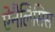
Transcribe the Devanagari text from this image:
ऐनैलिसिस